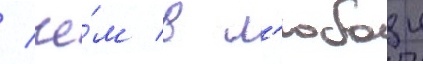
/ че́м в л'юбои